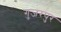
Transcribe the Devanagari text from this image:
गुजरपुर